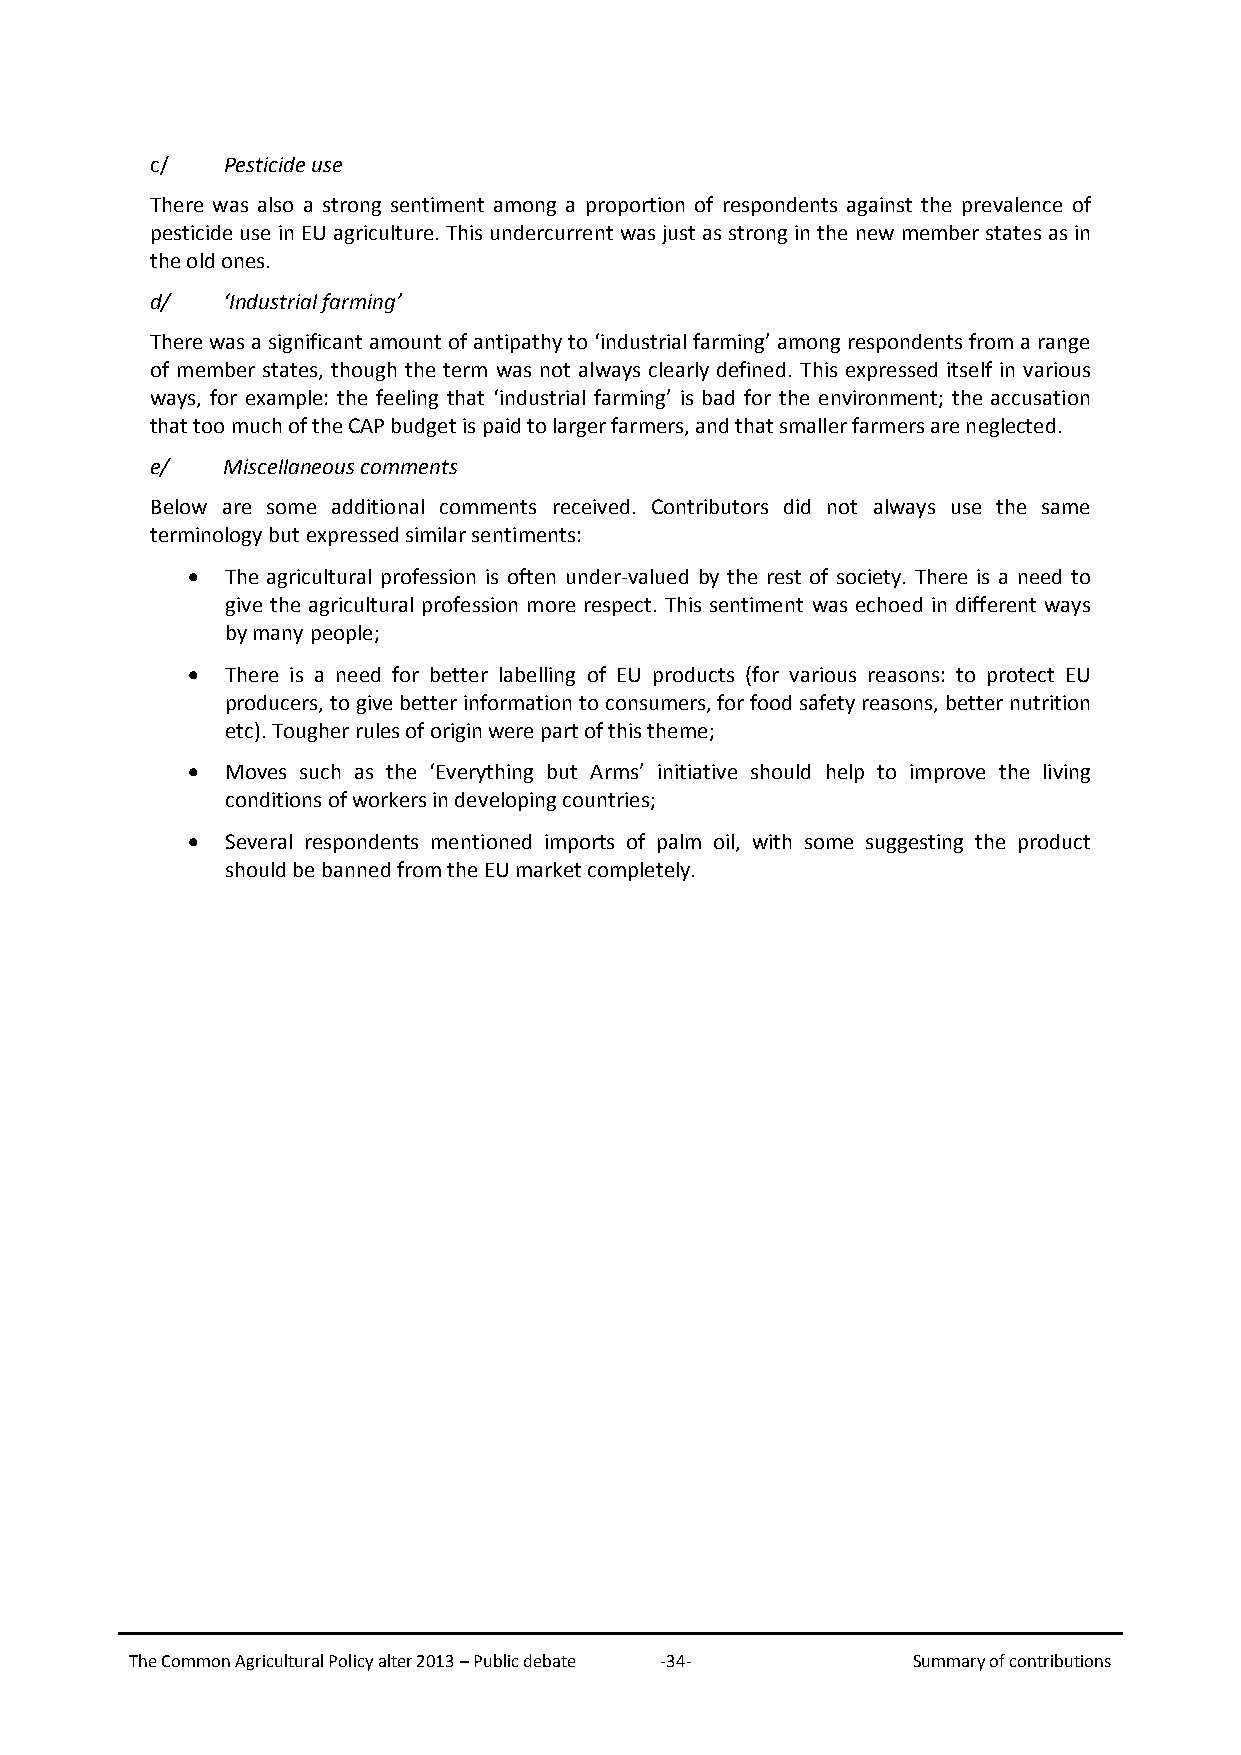
c/   Pesticide use
 There was also a strong sentiment among a proportion of respondents against the prevalence of
 pesticide use in EU agriculture. This undercurrent was just as strong in the new member states as in
 the old ones.
 d/   ‘Industrial farming’
 There was a significant amount of antipathy to ‘industrial farming’ among respondents from a range
 of member states, though the term was not always clearly defined. This expressed itself in various
 ways, for example: the feeling that ‘industrial farming’ is bad for the environment; the accusation
 that too much of the CAP budget is paid to larger farmers, and that smaller farmers are neglected.
 e/   Miscellaneous comments
 Below are some additional comments received. Contributors did not always use the same
 terminology but expressed similar sentiments:
 •  The agricultural profession is often under-valued by the rest of society. There is a need to
 give the agricultural profession more respect. This sentiment was echoed in different ways
 by many people;
 •  There is a need for better labelling of EU products (for various reasons: to protect EU
 producers, to give better information to consumers, for food safety reasons, better nutrition
 etc). Tougher rules of origin were part of this theme;
 •  Moves such as the ‘Everything but Arms’ initiative should help to improve the living
 conditions of workers in developing countries;
 •  Several respondents mentioned imports of palm oil, with some suggesting the product
 should be banned from the EU market completely.
 The Common Agricultural Policy alter 2013 – Public debate -34- Summary of contributions